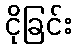
ငိုခြင်း